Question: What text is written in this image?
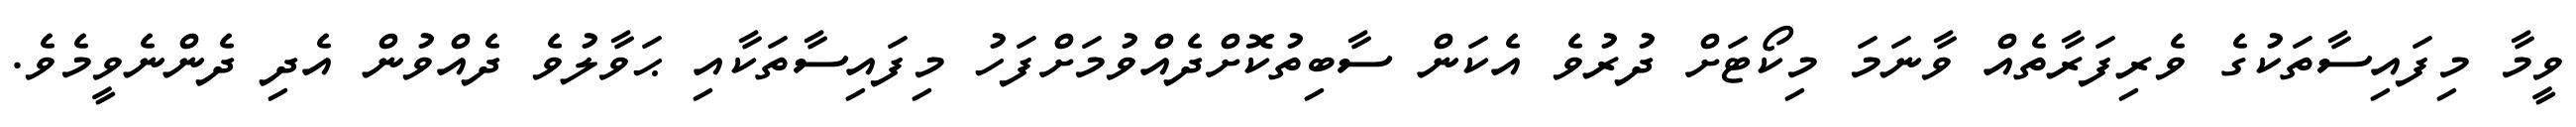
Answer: ވީމާ މިފައިސާތަކުގެ ވެރިފަރާތެއް ވާނަމަ މިކޯޓަށް ދުރުވެ އެކަން ސާބިތުކޮށްދެއްވުމަށްފަހު މިފައިސާތަކާއި ޙަވާލުވެ ދެއްވުން އެދި ދެންނެވީމެވެ.